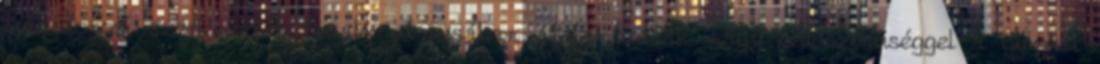
tulajdonosi szerkezetét tavaly júniusában átalakították nagy valószínűséggel a ciprusi